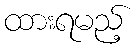
ထားရမည့်